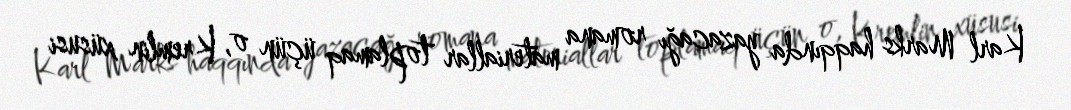
Karl Marks haqqında yazacağı romana materiallar toplamaq üçün o, Kremlin xüsusi